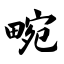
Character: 畹